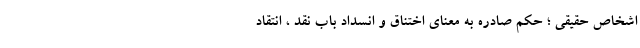
اشخاص حقیقی ؛ حکم صادره به معنای اختناق و انسداد باب نقد ، انتقاد